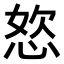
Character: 𭝆